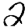
Digit: 2